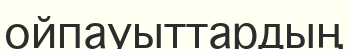
ойпауыттардың